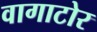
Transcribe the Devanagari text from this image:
वागाटोर